Plague in India, 1896, 1897 - Volume 2
Year: 1896
Disease focus: Plague
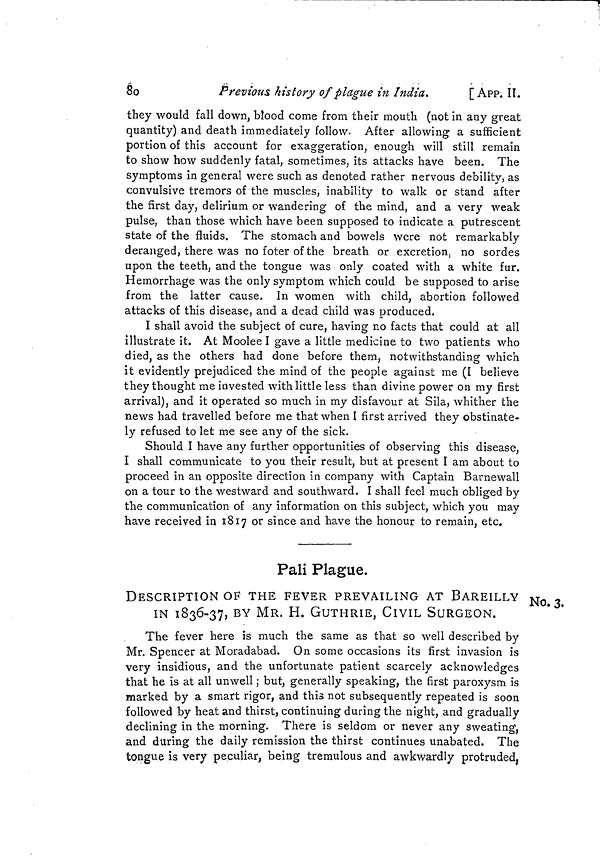
8o
Previous history of plague in India.
[App. Iî.
they would fall down, blood come from their mouth (not in any great
quantity) and death immediately follow. After allowing a sufficient
portion of this account for exaggeration, enough will still remain
to show how suddenly fatal, sometimes, its attacks have been. The
symptoms in general were such as denoted rather nervous debility, as
convulsive tremors of the muscles, inability to walk or stand after
the first day, delirium or wandering of the mind, and a very weak
pulse, than those which have been supposed to indicate a putrescent
state of the fluids. The stomach and bowels were not remarkably
deranged, there was nofoter of the breath or excretion, no sordes
upon the teeth, and the tongue was only coated with a white fur.
Hemorrhage was the only symptom which could be supposed to arise
from the latter cause. In women with child, abortion followed
attacks of this disease, and a dead child was produced.
I shall avoid the subject of cure, having no facts that could at all
illustrate it. At Moolee I gave a little medicine to two patients who
died, as the others had done before them, notwithstanding which
it evidently prejudiced the mind of the people against me (I believe
they thought me invested with little less than divine power on my first
arrival), and it operated so much in my disfavour at Sila, whither the
news had travelled before me that when I first arrived they obstinate-
ly refused to let me see any of the sick.
Should I have any further opportunities of observing this disease,
I shall communicate to you their result, but at present I am about to
proceed in an opposite direction in company with Captain Barnewall
on a tour to the westward and southward. I shall feel much obliged by
the communication of any information on this subject, which you may
have received in 1817 or since and have the honour to remain, etc.
Pali Plague.
No. 3.
DESCRIPTION OF THE FEVER PREVAILING AT BAREILLY
IN 1836-37, BY MR. H. GUTHRIE, CIVIL SURGEON.
The fever here is much the same as that so well described by
Mr. Spencer at Moradabad. On some occasions its first invasion is
very insidious, and the unfortunate patient scarcely acknowledges
that he is at all unwell ; but, generally speaking, the first paroxysm is
marked by a smart rigor, and this not subsequently repeated is soon
followed by heat and thirst, continuing during the night, and gradually
declining in the morning. There is seldom or never any sweating,
and during the daily remission the thirst continues unabated. The
tongue is verv peculiar, being tremulous and awkwardly protruded.